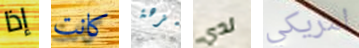
إذا كانت بنزهة لدي امريكي